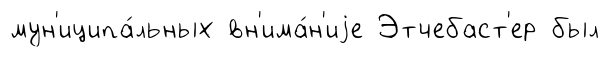
мун'иципа́льных вн'има́н'иjе Этчебаст'ер был